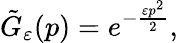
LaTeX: {\tilde{G}}_{\varepsilon}(p)=e^{-{\frac{\varepsilon p^{2}}{2}}},